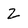
Character: 2